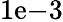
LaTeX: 1\mathrm{e}{-3}